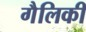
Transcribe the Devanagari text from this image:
गैलिकी